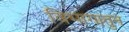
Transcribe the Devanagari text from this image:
विभागातुन